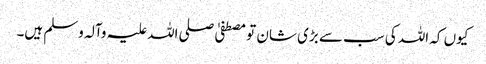
کیوں کہ اللہ کی سب سے بڑی شان تو مصطفیٰ صلی اللہ علیہ وآلہ وسلم ہیں۔